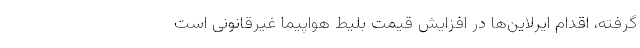
گرفته، اقدام ایرلاین‌ها در افزایش قیمت بلیط هواپیما غیرقانونی است